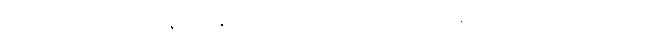
နဝဝဿသတဿာနိ၊ အနှစ်ကိုးသောင်းပတ်လုံး။ အဂါရံ၊ အိမ်ရာထောင်သော